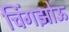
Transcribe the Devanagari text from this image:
चिंगझोऊ